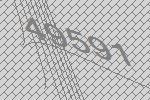
49591